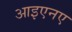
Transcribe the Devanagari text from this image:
आइएनए